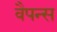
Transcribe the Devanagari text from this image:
वैपन्स